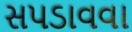
સપડાવવા